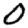
Digit: 0